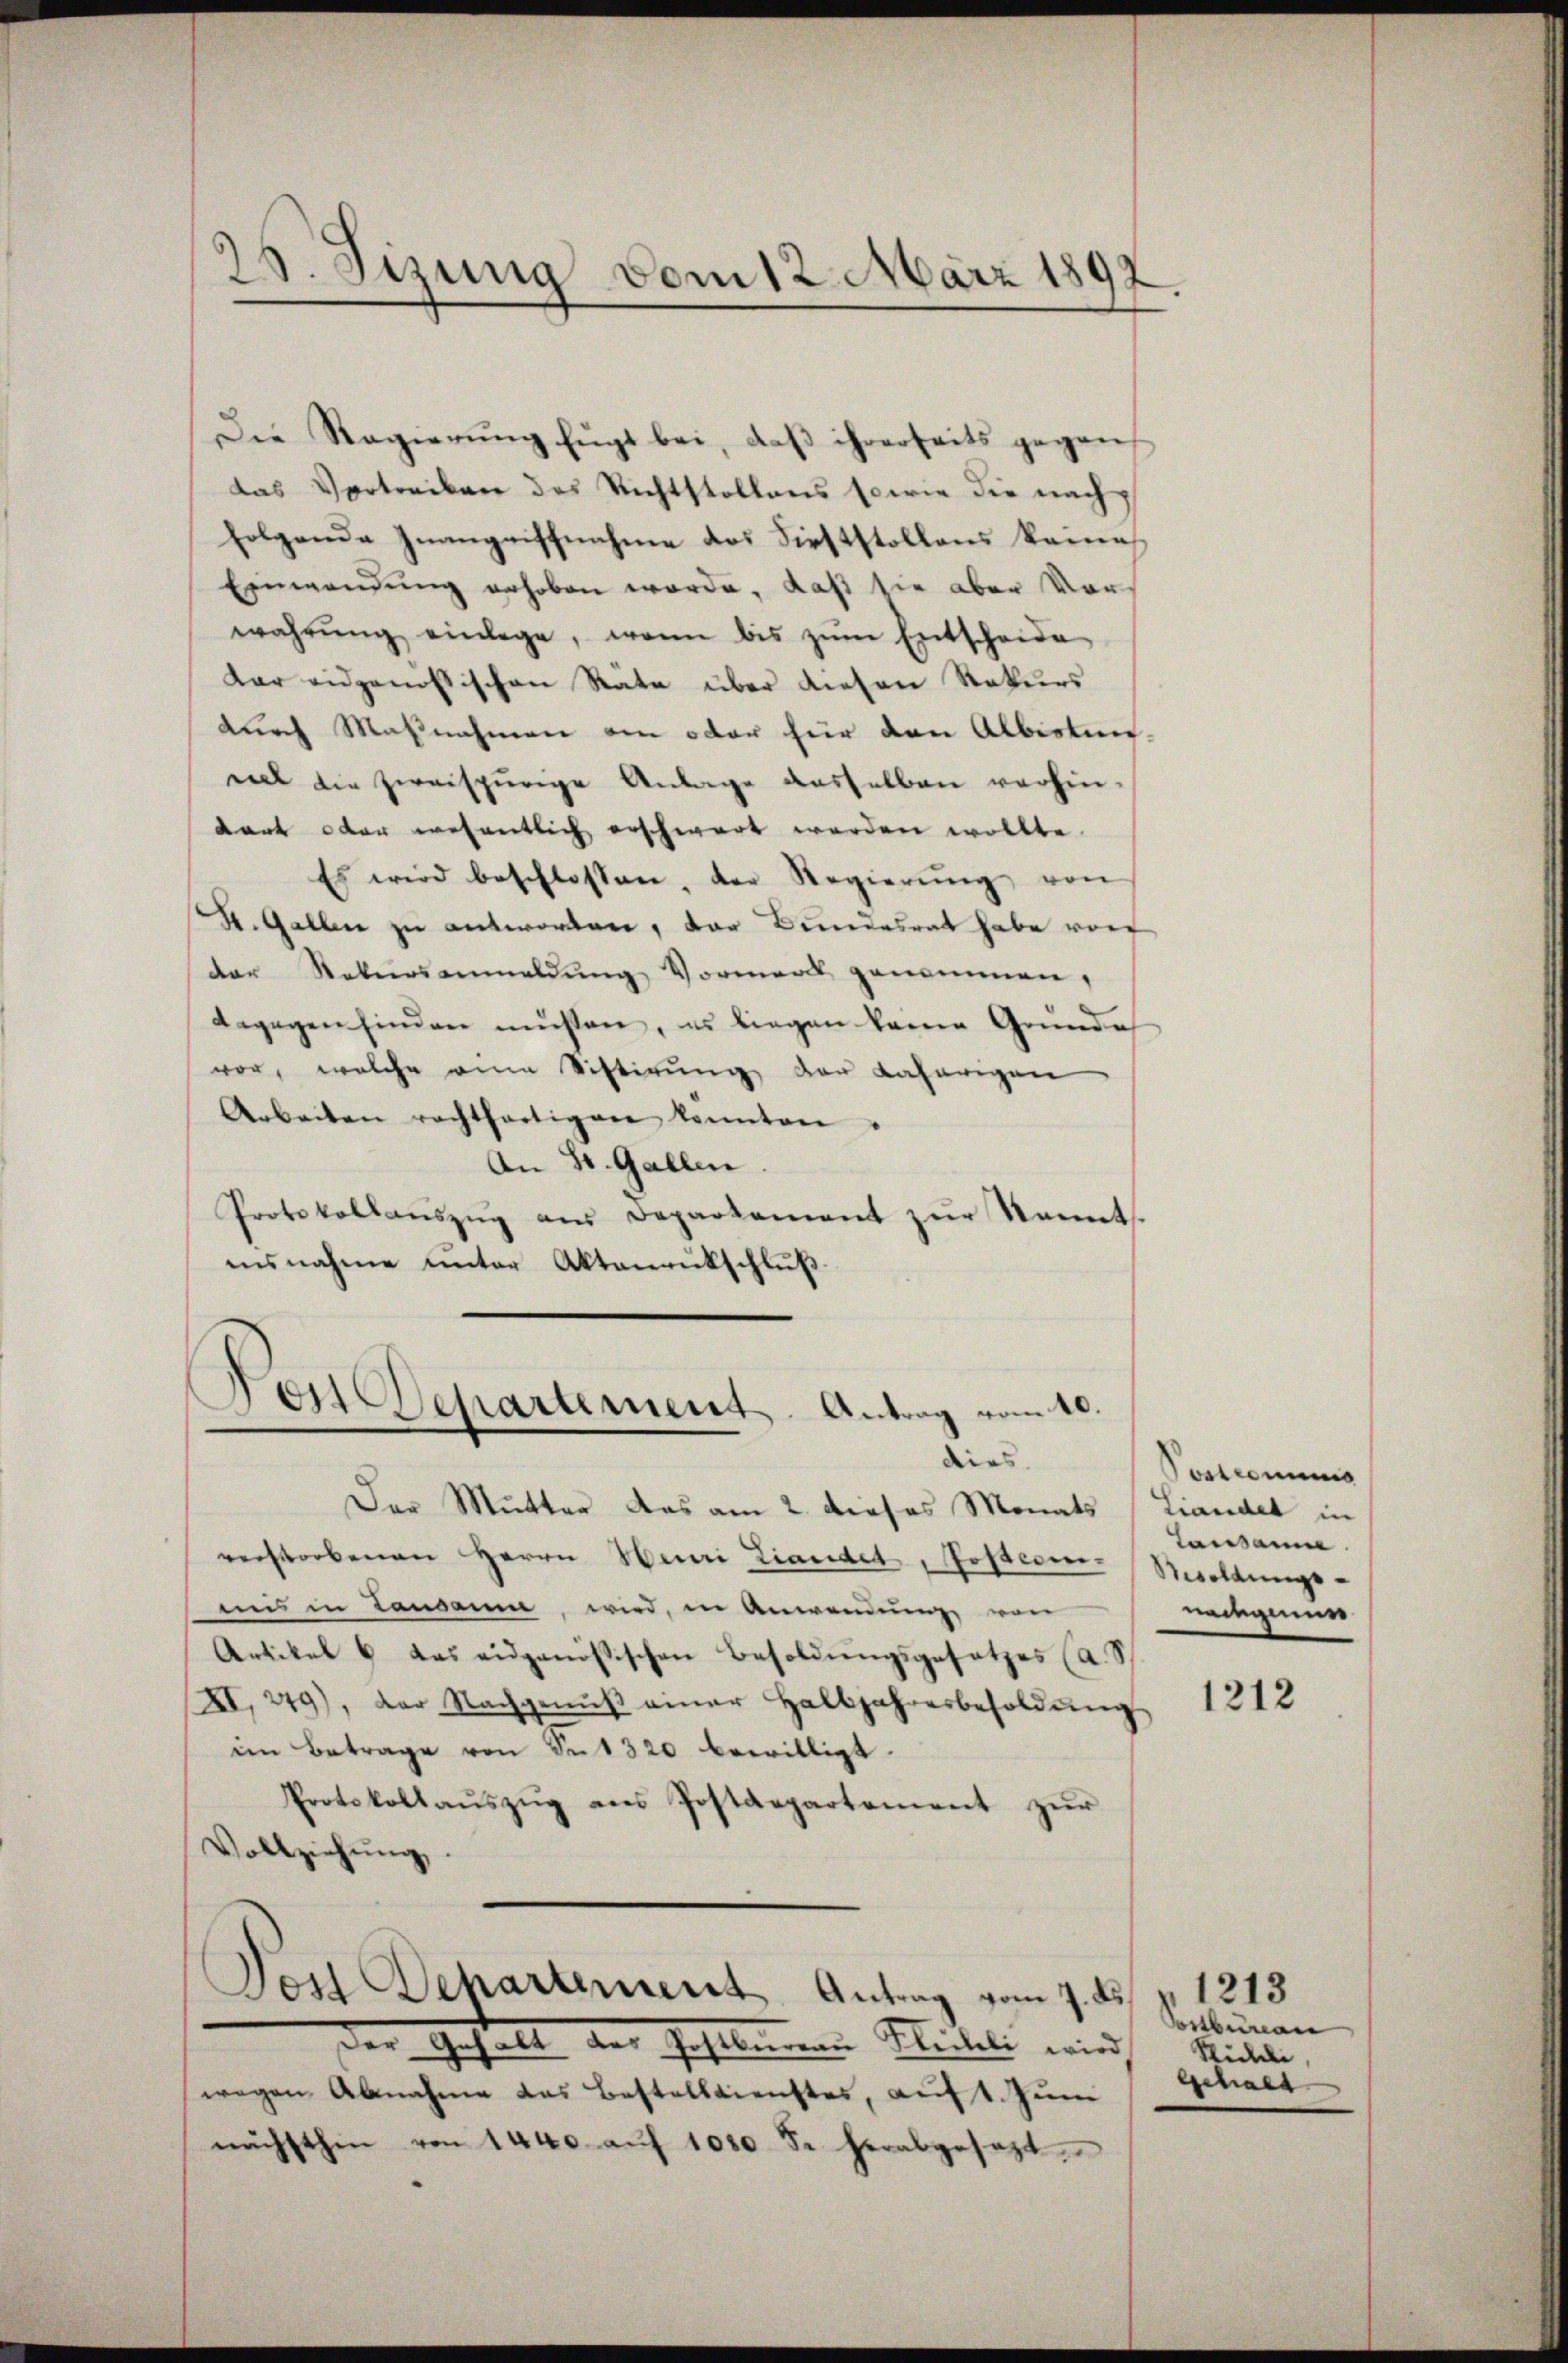
Die Regierung fügt bei, daß ihrerseits gegens
das Vortreiben des Nichtstollens sowie die nachfolgende Inangriffnahme des Firststollens keine
Einwendŭng erhoben worde, daß sie aber vor
wahrŭng einlege, wenn bis zŭm Entscheide
Kar eidgenössischen Rate über diesen Rekurs
durch Maßnahmen an oder hier dann Albiotuer.
mal die zweispurige Anlage dasselben verhin-
dare oder wesentlich erschwart werden wollte.
Es wird beschlossen, der Regierŭng von
St. Gallen zu antworten, der Bundesrat habe von
der Rekursanmeldŭng Vormerk genommen,
dagegen finden müssen, es liegen keine Grunde
vor, welche ein Vistirŭng der daherigen
Arbeiten rechtfertigen konnten.
An St. Gallen
Protokollaŭszŭg aŭs Departement zŭr Sonnt.
isnahme unter Aktenrückschluß

38. Sizung vom 12. März 1892.

¬
von Separtement. Antrag vom 10.
dies

Der Mutter das am 2. dieses Monats (Liandelt in
verstorbenen Herrn Henri Landet, Postere Besoldungs-
uns in Lausanne wird, in Anwendung von
Artikel u das eidgenössischen Besoldŭngsgesetzes (a. S
XI. 279), der Nachgenŭβ einer Halbjahresbesoldŭng
im Betrage von Set320 bewilligt.
Protokollaŭszŭg ans Postdepartement zŭr
Vollziehŭng.
Dos Departement Antrag vom 7. ds. v. 1213
Der Gehalt der Gastleinen Bleibel wird Mietete
wegen Abnahme das Bestelldienstes, auf 1. Jŭni
nächsthin von 1440. aŭf 1000 Fr. herabgesezt.

Sostronens
Lausanne
nadegens

1212

Postburan
gschale